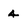
Character: 4